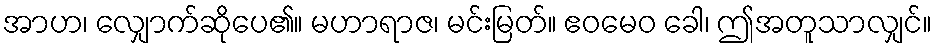
အာဟ၊ လျှောက်ဆိုပေ၏။ မဟာရာဇ၊ မင်းမြတ်။ ဧဝမေဝ ခေါ၊ ဤအတူသာလျှင်။